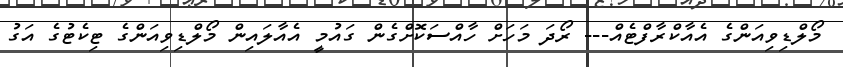
މޯލްޑިވިއަންގެ އެއާކްރާފްޓެއް--- ރޯދަ މަހަށް ހާއްސަކޮށްގެން ގައުމީ އެއާލައިން މޯލްޑިވިއަންގެ ޓިކެޓުގެ އަގު